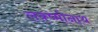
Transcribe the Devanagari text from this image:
लक्ष्मीनाथ